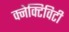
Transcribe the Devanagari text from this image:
क्नेक्टिविटी